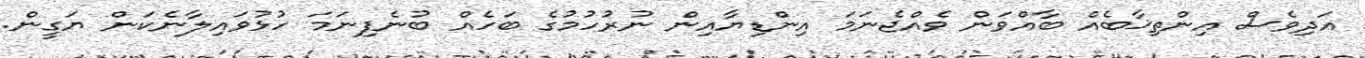
އަދިވެސް އިންތިޚާބެއް ބާއްވަން ވެއްޖެނަމަ އިންޑިޔާއިން ނުރުހުމުގެ ބަހެއް ބުނެފިނަމަ ހުޅުވައިލާނެކަން ޔަގީން.